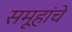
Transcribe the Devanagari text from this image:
समूहांचे